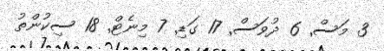
3 މަސް